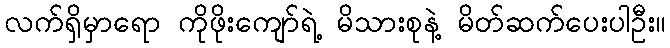
လက်ရှိမှာရော ကိုဖိုးကျော်ရဲ့ မိသားစုနဲ့ မိတ်ဆက်ပေးပါဦး။